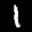
Label: 1